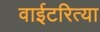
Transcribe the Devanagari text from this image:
वाईटरित्या